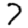
Digit: 7